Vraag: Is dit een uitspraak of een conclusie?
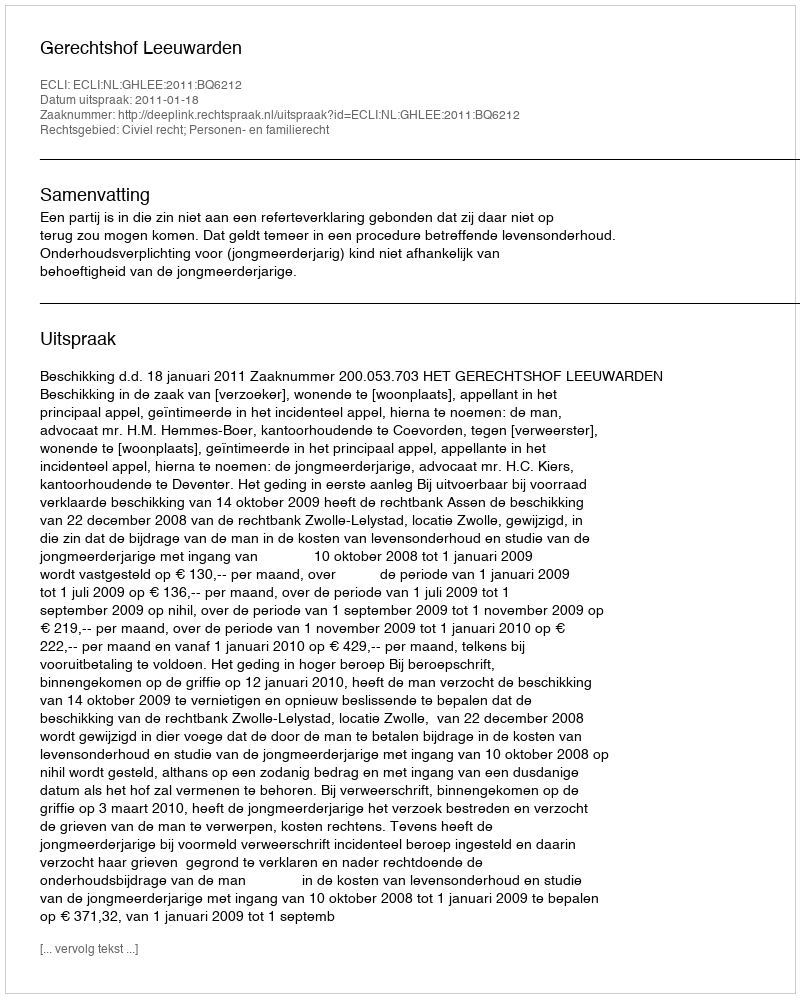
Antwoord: Uitspraak